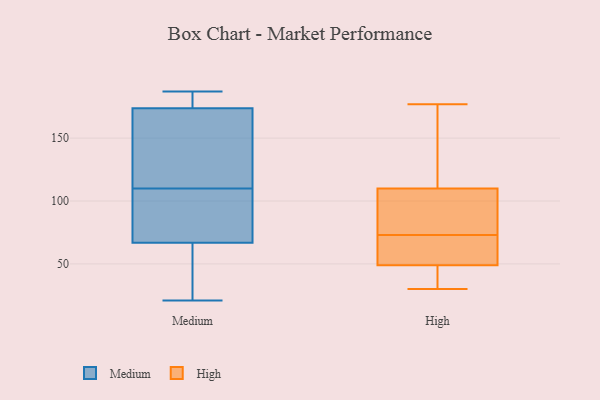
{"axis": {"x": "Satisfaction Score", "y": "Value"}, "legend": ["High", "Medium"], "data": [{"x": "", "y": 156, "type": "Medium"}, {"x": "", "y": 23, "type": "Medium"}, {"x": "", "y": 73, "type": "Medium"}, {"x": "", "y": 170, "type": "Medium"}, {"x": "", "y": 175, "type": "Medium"}, {"x": "", "y": 147, "type": "Medium"}, {"x": "", "y": 165, "type": "Medium"}, {"x": "", "y": 177, "type": "Medium"}, {"x": "", "y": 110, "type": "Medium"}, {"x": "", "y": 65, "type": "Medium"}, {"x": "", "y": 187, "type": "Medium"}, {"x": "", "y": 108, "type": "Medium"}, {"x": "", "y": 21, "type": "Medium"}, {"x": "", "y": 77, "type": "Medium"}, {"x": "", "y": 72, "type": "Medium"}, {"x": "", "y": 61, "type": "Medium"}, {"x": "", "y": 179, "type": "Medium"}, {"x": "", "y": 184, "type": "Medium"}, {"x": "", "y": 30, "type": "Medium"}, {"x": "", "y": 177, "type": "High"}, {"x": "", "y": 63, "type": "High"}, {"x": "", "y": 47, "type": "High"}, {"x": "", "y": 111, "type": "High"}, {"x": "", "y": 109, "type": "High"}, {"x": "", "y": 89, "type": "High"}, {"x": "", "y": 105, "type": "High"}, {"x": "", "y": 83, "type": "High"}, {"x": "", "y": 51, "type": "High"}, {"x": "", "y": 61, "type": "High"}, {"x": "", "y": 38, "type": "High"}, {"x": "", "y": 58, "type": "High"}, {"x": "", "y": 108, "type": "High"}, {"x": "", "y": 41, "type": "High"}, {"x": "", "y": 31, "type": "High"}, {"x": "", "y": 113, "type": "High"}, {"x": "", "y": 164, "type": "High"}, {"x": "", "y": 155, "type": "High"}, {"x": "", "y": 60, "type": "High"}, {"x": "", "y": 30, "type": "High"}]}